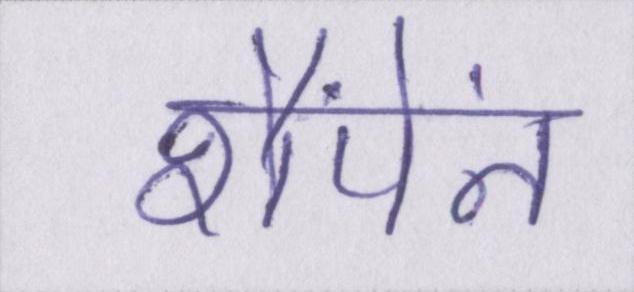
शैंपेंन